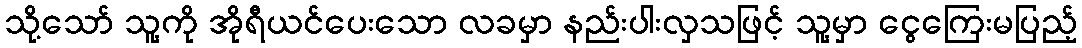
သို့သော် သူ့ကို အိုရီယင်ပေးသော လခမှာ နည်းပါးလှသဖြင့် သူ့မှာ ငွေကြေးမပြည့်